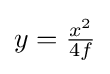
{\textstyle y={\frac {x^{2}}{4f}}}